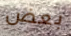
بعض